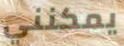
يمكنني